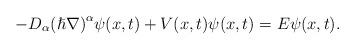
LaTeX: \begin{align*}{-D}_{\alpha{}}{(\hslash{}\nabla{})}^{\alpha{}}\psi(x,t)+V(x,t)\psi(x,t)=E\psi(x,t).\end{align*}